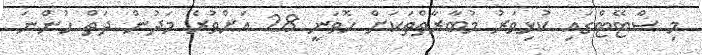
މި ސްޓޭޓްގައި ކުޅިވަރު މުބާރާތްތަކަށް ހޮވަނީ 28 އަށްވުރެ މަދުން ދަތް ހުންނަ